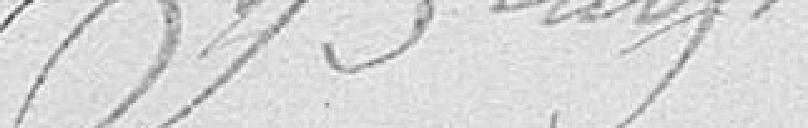
Bouglot